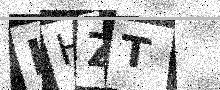
Text: IHZT